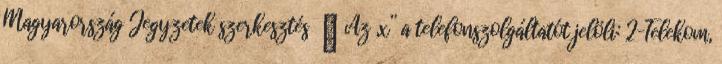
Magyarország Jegyzetek szerkesztés ↑ Az „x” a telefonszolgáltatót jelöli: 2–Telekom,